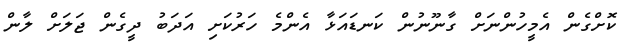
ކޮށްގެން އެމީހުންނަަށް ގާނޫނުން ކަނޑައަޅާ އެންމެ ހަރުކަށި އަދަބު ދީގެން ޖަލަށް ލާން